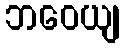
ဘဝေယျ